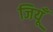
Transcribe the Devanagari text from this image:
जियूँ